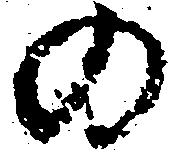
の